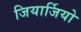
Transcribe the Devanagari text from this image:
जियार्जियो